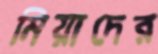
মিয়াদের